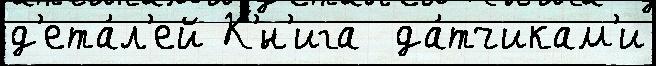
д'ета́л'ей К'́н'ига  да́тчикам'и